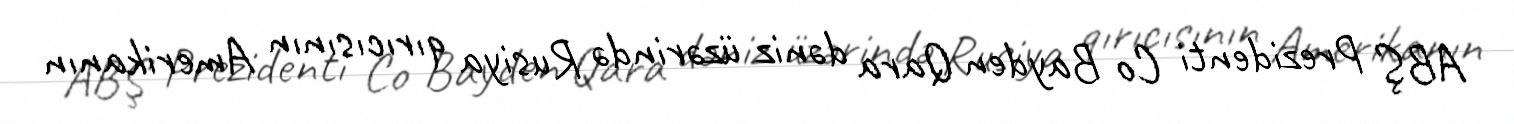
ABŞ Prezidenti Co Bayden Qara dəniz üzərində Rusiya qırıcısının Amerikanın